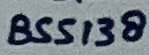
Text: BSS138